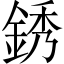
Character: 銹